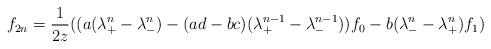
LaTeX: \begin{align*} f_{2n}=\frac{1}{2z}((a(\lambda_+^n-\lambda_-^{n})-(ad-bc)(\lambda_+^{n-1}-\lambda_-^{n-1}))f_0-b(\lambda_-^n-\lambda_+^n)f_1)\end{align*}